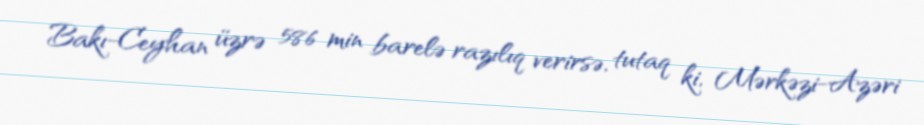
Bakı-Ceyhan üzrə 586 min barelə razılıq verirsə, tutaq ki, Mərkəzi-Azəri